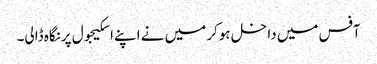
آفس میں داخل ہوکر میں نے اپنےاسکیجول پرنگاہ ڈالی۔